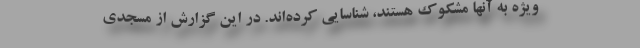
ویژه به آنها مشکوک هستند، شناسایی کرده‌اند. در این گزارش از مسجدی